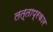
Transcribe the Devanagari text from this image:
लत्ताप्रकार